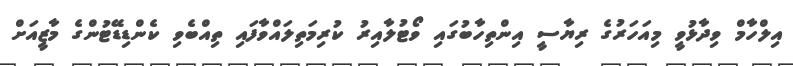
އިލްހާމް ވިދާޅުވީ މިއަހަރުގެ ރިޔާސީ އިންތިހާބުގައި ވޯޓުލާއިރު ކުރިމަތިލައްވާފައި ތިއްބެވި ކެންޑިޑޭޓުންގެ މާޒީއަށް